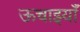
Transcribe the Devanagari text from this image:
ऊचाइयाँ